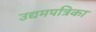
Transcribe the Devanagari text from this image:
उद्यमपत्रिका